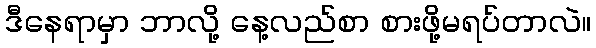
ဒီနေရာမှာ ဘာလို့ နေ့လည်စာ စားဖို့မရပ်တာလဲ။